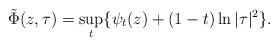
LaTeX: \begin{align*} \tilde{\Phi}(z,\tau)=\sup_{t}\{\psi_{t}(z)+(1-t)\ln |\tau|^2\}.\end{align*}